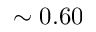
\sim 0 . 6 0